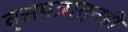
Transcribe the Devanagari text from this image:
वृत्तपत्रातूनही